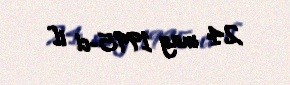
24 may 1995-ci il